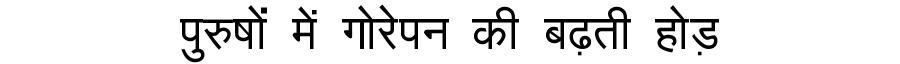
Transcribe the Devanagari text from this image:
पुरुषों में गोरेपन की बढ़ती होड़